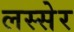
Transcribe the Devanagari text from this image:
लस्सेर